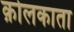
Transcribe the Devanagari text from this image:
क़ोलकाता